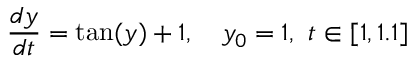
{ \frac { d y } { d t } } = \tan ( y ) + 1 , \quad y _ { 0 } = 1 , \ t \in [ 1 , 1 . 1 ]